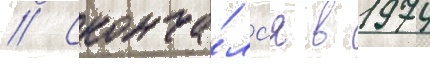
// Сконча́лс'я в 1974